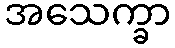
အသေက္ခာ